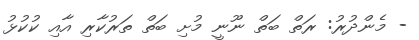
- މެންދުރު: ރަތް ބަތް ނޫނީ މުށި ބަތް ތަރުކާރި އާއި ކުކުޅު